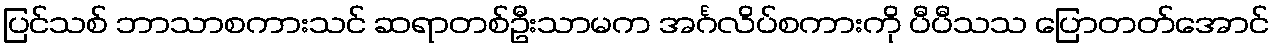
ပြင်သစ် ဘာသာစကားသင် ဆရာတစ်ဦးသာမက အင်္ဂလိပ်စကားကို ပီပီသသ ပြောတတ်အောင်